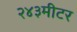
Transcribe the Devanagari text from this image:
२४३मीटर